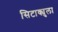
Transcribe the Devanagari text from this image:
सिटाक्युला